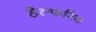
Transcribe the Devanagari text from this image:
हेल्फरिच